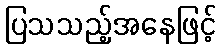
ပြသသည့်အနေဖြင့်